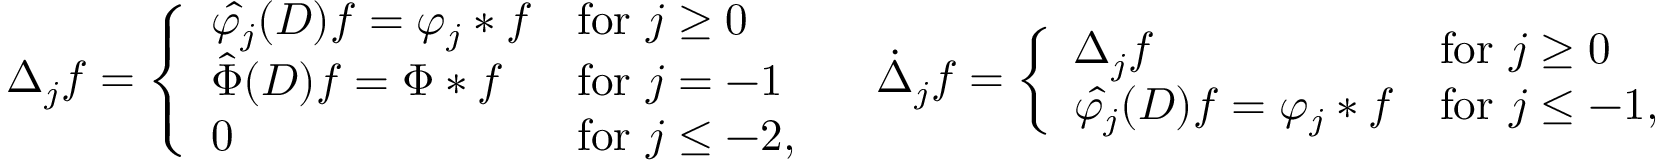
\begin{array} { r } { \Delta _ { j } f = \left\{ \begin{array} { l l } { \hat { \varphi _ { j } } ( D ) f = \varphi _ { j } \ast f } & { \mathrm { f o r ~ } j \geq 0 } \\ { \hat { \Phi } ( D ) f = \Phi \ast f } & { \mathrm { f o r ~ } j = - 1 } \\ { 0 } & { \mathrm { f o r ~ } j \leq - 2 , } \end{array} \right. \quad \dot { \Delta } _ { j } f = \left\{ \begin{array} { l l } { \Delta _ { j } f } & { \mathrm { f o r ~ } j \geq 0 } \\ { \hat { \varphi _ { j } } ( D ) f = \varphi _ { j } \ast f } & { \mathrm { f o r ~ } j \leq - 1 , } \end{array} \right. } \end{array}